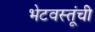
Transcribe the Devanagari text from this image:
भेटवस्तूंची